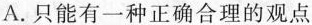
A.只能有一种正确合理的观点